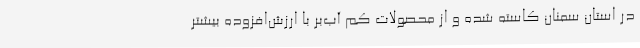
در استان سمنان کاسته شده و از محصولات کم آب‌بر با ارزش‌افزوده بیشتر